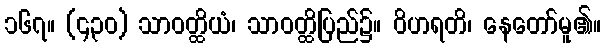
၁၆၇။ (၄၃၀) သာဝတ္ထိယံ၊ သာဝတ္ထိပြည်၌။ ဝိဟရတိ၊ နေတော်မူ၏။